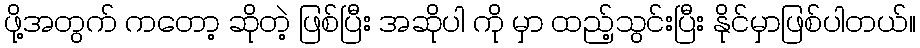
ဖို့အတွက် ကတော့ ဆိုတဲ့ ဖြစ်ပြီး အဆိုပါ ကို မှာ ထည့်သွင်းပြီး နိုင်မှာဖြစ်ပါတယ်။